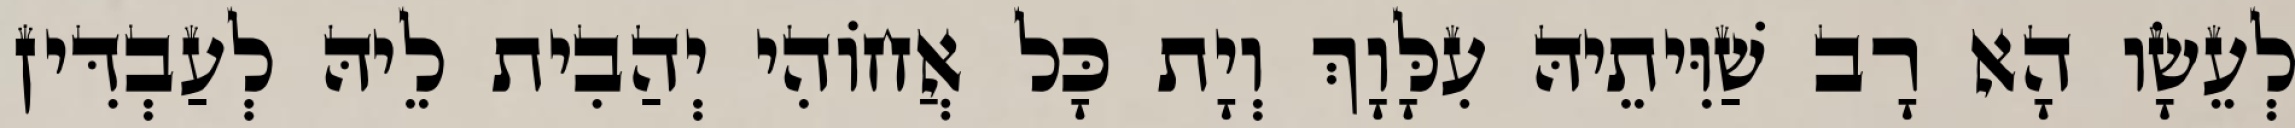
לְעֵשָׂו הָא רָב שַׁוִּיתֵיהּ עִלָּוָךְ וְיָת כָּל אֲחוֹהִי יְהַבִית לֵיהּ לְעַבְדִּין